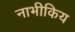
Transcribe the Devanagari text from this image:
नाभीकिय